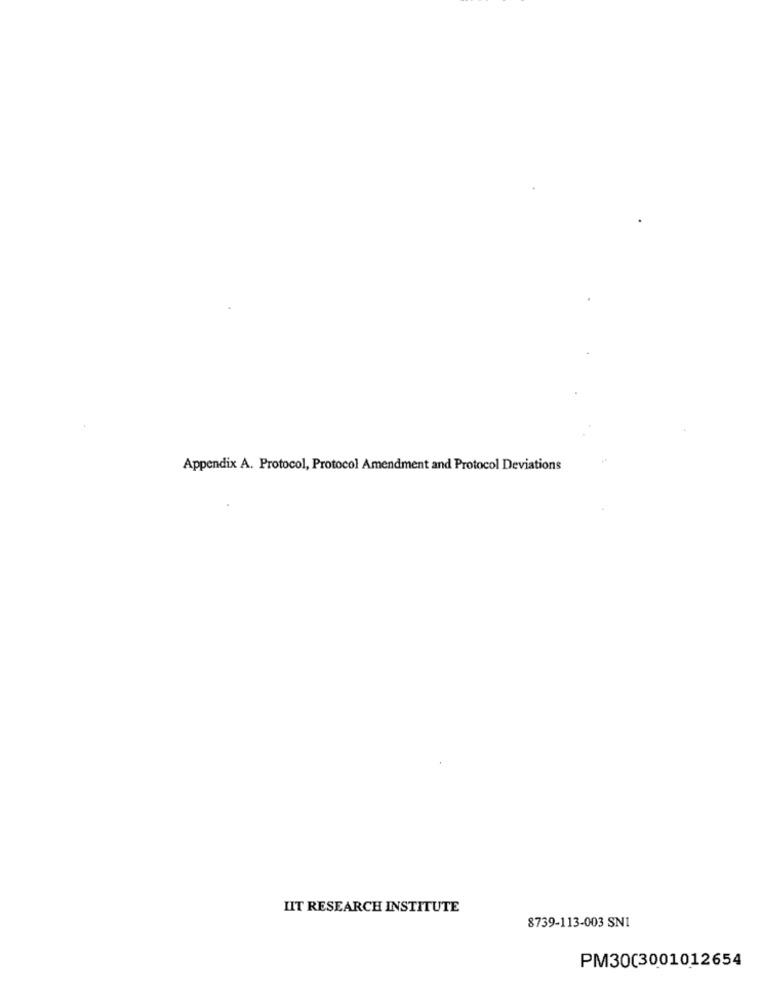
Appendix A. Protocol, Protocol Amendment and Protocol Deviations
LIT RESEARCH INSTITUTE
8739-113-003 SN1
PM30(3001012654